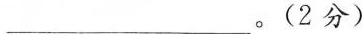
___。(2分)